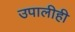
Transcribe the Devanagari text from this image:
उपालीही